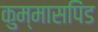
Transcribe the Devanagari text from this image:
कुम्मासपिंड